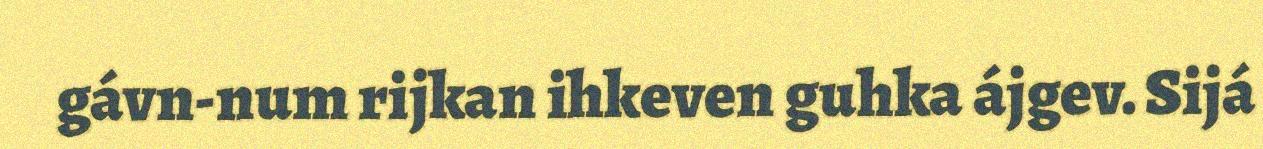
gávn-num rijkan ihkeven guhka ájgev. Sijá